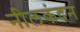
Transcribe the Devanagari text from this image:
नीलकंदन